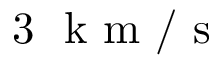
3 ~ \mathrm { ~ k ~ m ~ } / \mathrm { ~ s ~ }